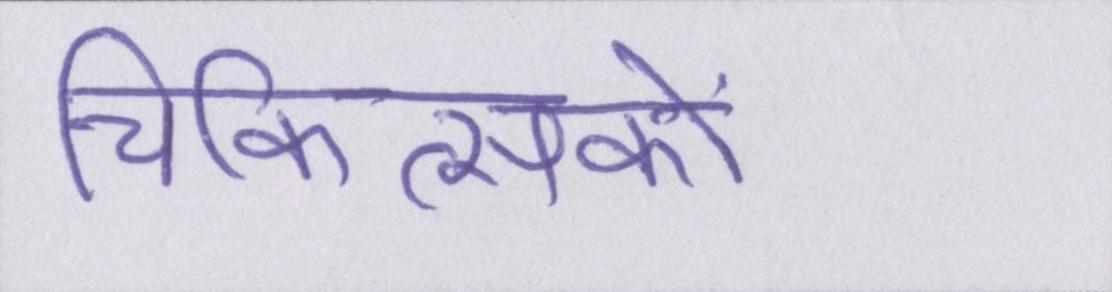
चिकित्सकों